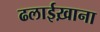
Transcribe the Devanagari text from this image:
ढलाईख़ाना